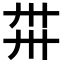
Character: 𢌽